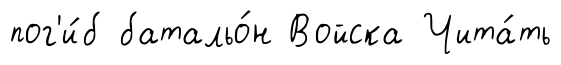
пог'и́б батальо́н Войска Чита́ть